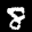
Label: 8